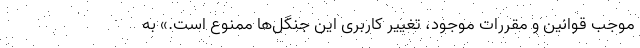
موجب قوانین و مقررات موجود، تغییر کاربری این جنگل‌ها ممنوع است.» به